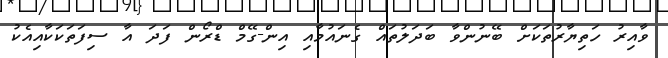
ވާއިރު ހަތިޔާރުތަކަށް ބޭނުންވާ ބަދަލުތައް ގެނައުމާއި އިން-ގޭމް ޑްރޯން ފަދަ އާ ސިފަތަކަކާއިއެކު